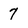
Character: 7